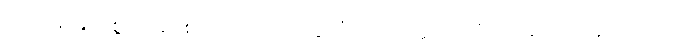
ဘဂဝါ၊ မြတ်စွာဘုရားသည်။ သာဝတ္ထိယံ၊ သာဝတ္တိပြည်၌။ အနာထပိဏ္ဍိကဿ၊